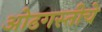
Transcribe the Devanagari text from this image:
ओढगस्तीचे